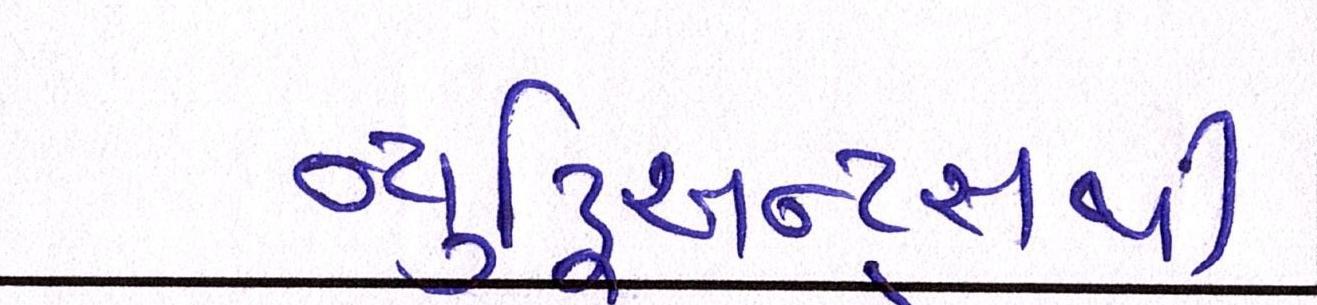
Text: ન્યૂટ્રિઅન્ટ્સથી